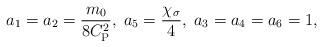
LaTeX: \begin{align*}a_{1} = a_{2} = \frac{m_{0}}{8 C_{\mathrm{P}}^{2}}, \; a_{5} = \frac{\chi_{\sigma}}{4}, \; a_{3} = a_{4} = a_{6} = 1,\end{align*}